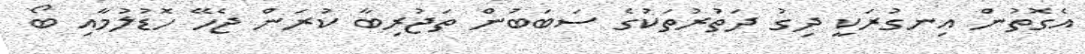
އެގޮތުން އިނގުރަކީ ދިގު ދަތުރުތަކުގެ ސަބަބުން ތަޖުރިބާ ކުރަން ޖެހޭ ހޮޑުލުމާއި ބޯ